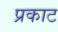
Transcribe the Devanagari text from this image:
प्रकाट